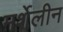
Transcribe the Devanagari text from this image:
मर्शेलीन